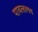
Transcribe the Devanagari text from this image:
पायलागव